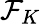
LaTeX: \mathcal{F}_{K}